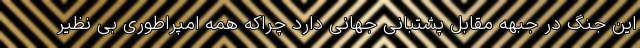
این جنگ در جبهه مقابل پشتبانی جهانی دارد چراکه همه امپراطوری بی نظیر